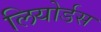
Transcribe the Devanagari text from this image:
लियोर्डस